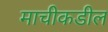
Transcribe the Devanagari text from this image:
माचीकडील